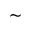
\sim